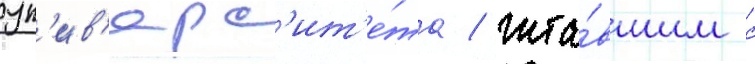
ун'ив'ерс'ит'е́та / чита́вшим с